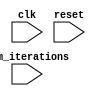
module loop_behavioural_model (
    input wire clk,
    input wire reset,
    input wire [7:0] num_iterations
);

reg [7:0] count;

always @(posedge clk or posedge reset) begin
    if (reset) begin
        count <= 0;
    end else begin
        if (count < num_iterations) begin
            if (count == 2 || count == 5) begin
                // skip statements
            end else begin
                // execute statements
            end
            count <= count + 1;
        end
    end
end

endmodule